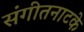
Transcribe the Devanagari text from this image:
संगीतनाटके